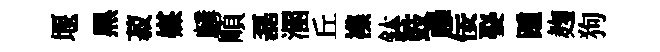
堰黒菽媒麟順磊溷丘襍鉢鼓禍佞娶踵麹狗